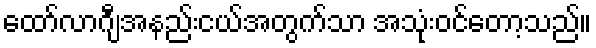
ထော်လာဂျီအနည်းငယ်အတွက်သာ အသုံးဝင်တော့သည်။